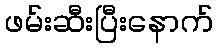
ဖမ်းဆီးပြီးနောက်